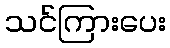
သင်ကြားပေး